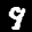
Label: 9